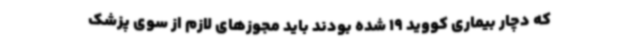
که دچار بیماری کووید 19 شده‌ بودند باید مجوزهای لازم از سوی پزشک